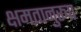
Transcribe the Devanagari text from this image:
क्षमतानुरूप